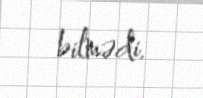
bilmədi.